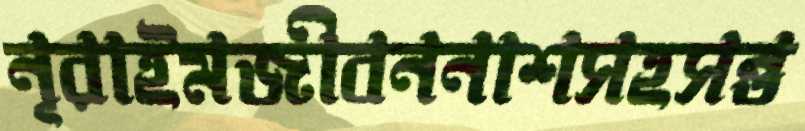
নূরাইমজীবননাশসহসন্ত